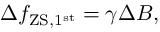
\Delta f _ { \mathrm { Z S , 1 ^ { s t } } } = \gamma \Delta B ,